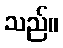
သည်။